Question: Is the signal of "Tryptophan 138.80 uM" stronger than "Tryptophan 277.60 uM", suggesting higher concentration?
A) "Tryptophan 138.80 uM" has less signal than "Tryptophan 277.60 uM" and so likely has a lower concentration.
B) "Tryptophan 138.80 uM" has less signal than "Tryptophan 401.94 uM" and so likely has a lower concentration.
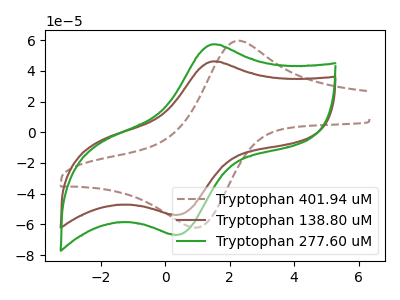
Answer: <think>The brown dashed curve "Tryptophan 401.94 uM" has an anodic peak at (2.15V, 59.20uA) and a cathodic peak at (0.85V, -62.10uA). The brown curve "Tryptophan 138.80 uM" has an anodic peak at (1.50V, 46.10uA) and a cathodic peak at (0.25V, -53.70uA). The green curve "Tryptophan 277.60 uM" has an anodic peak at (1.50V, 57.25uA) and a cathodic peak at (0.25V, -66.70uA).
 All the peaks in "Tryptophan 138.80 uM" have a peak in "Tryptophan 277.60 uM" at the same potential. Every peak in "Tryptophan 138.80 uM" is lower than every peak in "Tryptophan 277.60 uM".</think>
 <answer>A) "Tryptophan 138.80 uM" has less signal than "Tryptophan 277.60 uM" and so likely has a lower concentration.</answer>
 <eval>A</eval>